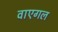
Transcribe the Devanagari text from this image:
वाएगल